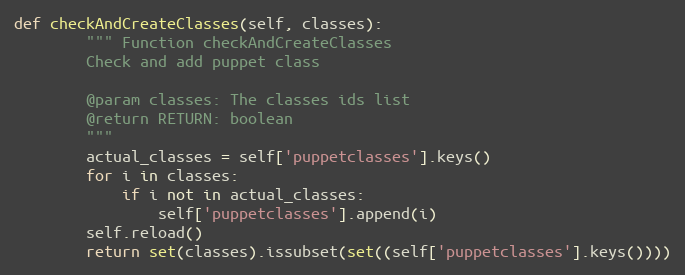
Language: Python
def checkAndCreateClasses(self, classes):
        """ Function checkAndCreateClasses
        Check and add puppet class

        @param classes: The classes ids list
        @return RETURN: boolean
        """
        actual_classes = self['puppetclasses'].keys()
        for i in classes:
            if i not in actual_classes:
                self['puppetclasses'].append(i)
        self.reload()
        return set(classes).issubset(set((self['puppetclasses'].keys())))